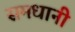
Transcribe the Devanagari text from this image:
समधानी